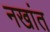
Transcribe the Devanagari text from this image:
नखांत